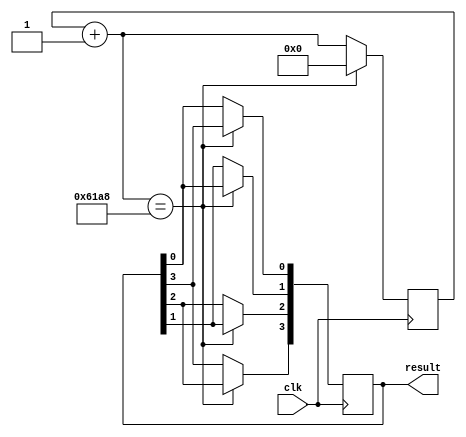
module blink(clk,result);

input clk;
output [3:0] result;
reg [3:0] result;
reg [18:0] ccnt;

always @(negedge clk) begin
        ccnt=ccnt+1;
        if(ccnt==25000) begin
                ccnt<=0;
		result[0]<= result[3];
                result[1]<= result[0];
		result[2]<= result[1];
		result[3]<= result[2];

	end
end

initial begin
        ccnt=-1;
        result=4'b1000;
end

endmodule